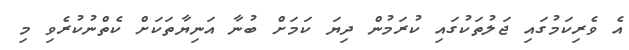
އެ ވެރިކަމުގައި ޖަލުތަކުގައި ކުރަމުން ދިޔަ ކަމަށް ބުނާ އަނިޔާތަކަށް ކެތްނުކުރެވި މި